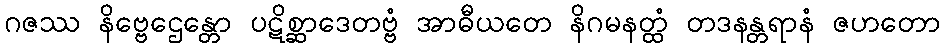
ဂဇဿ နိဗ္ဗေဌေန္တော ပဋိစ္ဆာဒေတဗ္ဗံ အာဓီယတေ နိဂမနတ္ထံ တဒနန္တရာနံ ဇဟတော